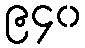
၉၄၀